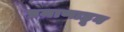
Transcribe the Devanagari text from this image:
प्रमाणाहून